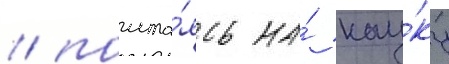
/ полага́ясь на́ нау́ку